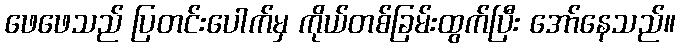
ဖေဖေသည် ပြတင်းပေါက်မှ ကိုယ်တစ်ခြမ်းထွက်ပြီး အော်နေသည်။